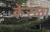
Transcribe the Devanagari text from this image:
केरळा